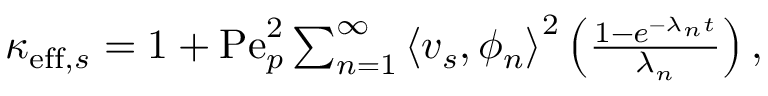
\begin{array} { r } { \kappa _ { \mathrm { e f f } , s } = 1 + \mathrm { P e } _ { p } ^ { 2 } \sum _ { n = 1 } ^ { \infty } \left\langle v _ { s } , \phi _ { n } \right\rangle ^ { 2 } \left( \frac { 1 - e ^ { - \lambda _ { n } t } } { \lambda _ { n } } \right) , } \end{array}